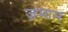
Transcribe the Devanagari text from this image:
ज़माम